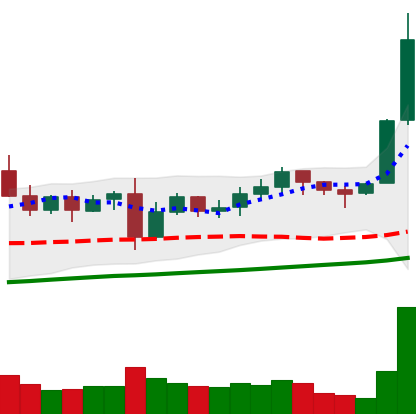
Ticker: LTC-USD
Chart end date: 2021-11-09
Forward return: 5.744%
Label: up_5_7